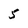
Character: 5